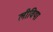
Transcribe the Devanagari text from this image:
लीविया